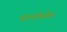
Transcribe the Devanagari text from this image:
पालोळेम